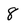
Character: 8